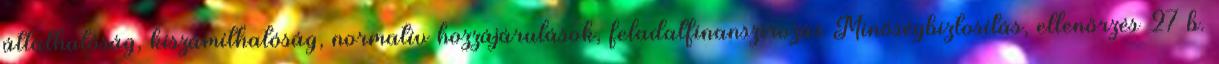
átláthatóság, kiszámíthatóság, normatív hozzájárulások, feladatfinanszírozás Minőségbiztosítás, ellenőrzés 27 b.